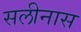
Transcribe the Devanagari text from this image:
सलीनास